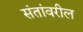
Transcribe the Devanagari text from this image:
संतांवरील